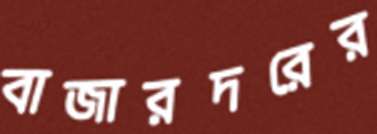
বাজারদরের